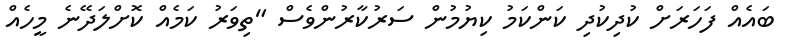
ބައެއް ފަހަރަށް ކުދިކުދި ކަންކަމު ކިޔުމުން ސަރުކާރުންވެސް "ތިވަރު ކަމެއް ކޮށްލަދޭނެ މީހެއް